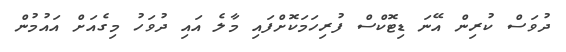
ދުވަސް ކުރިން އޭނަ ޑިޓޮކްސް ފުރިހަމަކޮށްފައި މާލެ އައި ދުވަހު މިގެއަށް އައުމުން